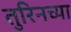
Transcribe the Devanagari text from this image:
तुरिनच्या